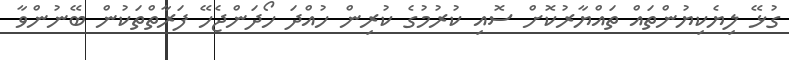
ގުޅޭ ލިޔެކިޔުންތައް ތައްޔާރުކޮށް ސޮއި ކުރުމުގެ ކުރިން ހުއްދަ ހޯދަންޖެހޭ ފަރާތްތަކުން ބޭނުންވާ